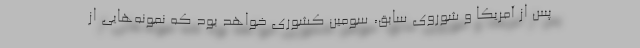
پس از آمریکا و شوروی سابق، سومین کشوری خواهد بود که نمونه‌هایی از